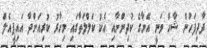
ދާދިފަހުން ޝާހް ވަނީ އޭނާގެ ކުދިންނާއި އެކު ކަލްލަތާގައި މިހާރު ކުރިއަށްދާ އައިޕީއެލް